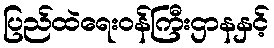
ပြည်ထဲရေးဝန်ကြီးဌာနနှင့်